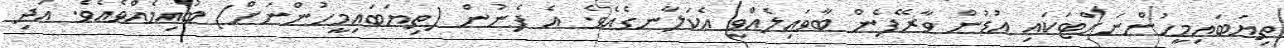
ތިޔަބައިމީހުންނަށްޓަކައި އުޑުން ވާރޭފެން ބާވައިލެއްވީ އެކަލާނގެއެވެ. އެ ފެނުން (ތިޔަބައިމީހުންނަށް) ބުއިމެއްވެއެވެ. އަދި